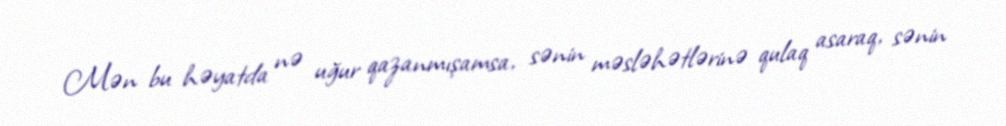
Mən bu həyatda nə uğur qazanmışamsa, sənin məsləhətlərinə qulaq asaraq, sənin